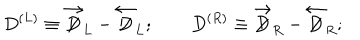
LaTeX: D ^ { ( L ) } \equiv \overrightarrow { \not \! \! D } _ { L } - \overleftarrow { \not \! \! D } _ { L } ; \qquad D ^ { ( R ) } \equiv \overrightarrow { \not \! \! D } _ { R } - \overleftarrow { \not \! \! D } _ { R } ;